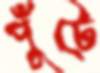
পুঁটে